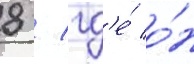
8 / гд'е́ о́н